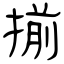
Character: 揃